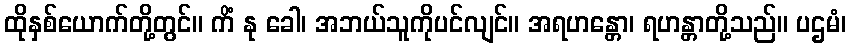
ထိုနှစ်ယောက်တို့တွင်။ ကိံ နု ခေါ၊ အဘယ်သူကိုပင်လျင်။ အရဟန္တော၊ ရဟန္တာတို့သည်။ ပဌမံ၊